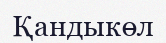
Қандыкөл